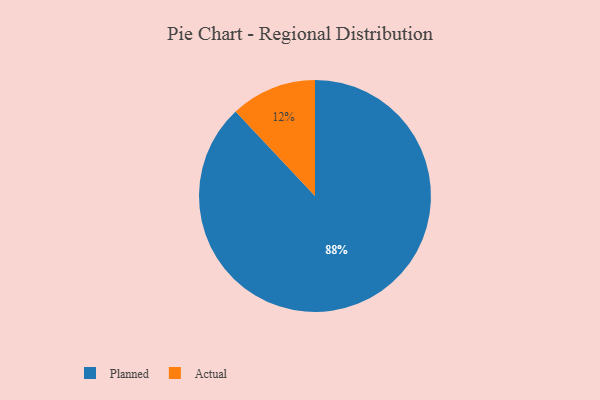
{"axis": {"x": "Category", "y": "Percentage"}, "legend": ["Actual", "Planned"], "data": [{"x": "Actual", "y": 12, "type": "Actual"}, {"x": "Planned", "y": 88, "type": "Planned"}]}